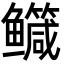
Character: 𮬤